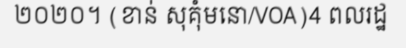
២០២០។ (ខាន់ សុគុំមនោ/VOA)4 ពលរដ្ឋ